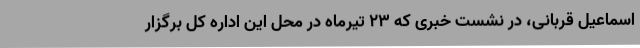
اسماعیل قربانی، در نشست خبری که 23 تیرماه در محل این اداره کل برگزار